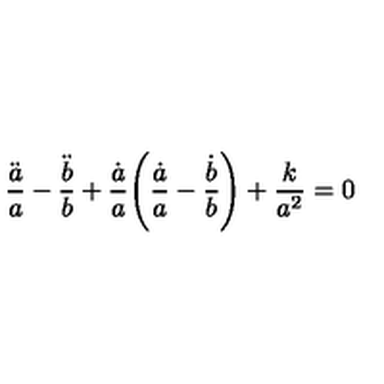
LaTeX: \frac { \ddot { a } } { a } - \frac { \ddot { b } } { b } + \frac { \dot { a } } { a } \Bigg ( \frac { \dot { a } } { a } - \frac { \dot { b } } { b } \Bigg ) + \frac { k } { a ^ { 2 } } = 0